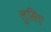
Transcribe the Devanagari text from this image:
लुसिए